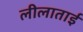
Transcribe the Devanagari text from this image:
लीलाताईं